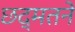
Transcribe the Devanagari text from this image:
छद्मतने